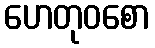
ဟေတုဝစော